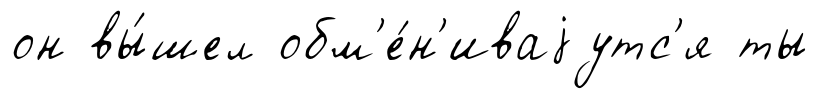
он вы́шел обм'е́н'иваjутс'я ты